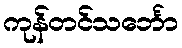
ကုန်တင်သင်္ဘော